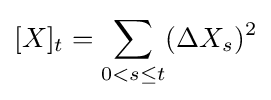
[X]_{t}=\sum _{0<s\leq t}(\Delta X_{s})^{2}